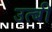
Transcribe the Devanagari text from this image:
उत्बी